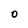
Character: O